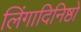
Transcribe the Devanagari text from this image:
लिंगादिनिष्ठो